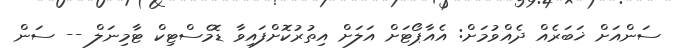
ސަންއަށް ޚަބަރެއް ދެއްވުމަށް: އެއާޕޯޓަށް އަލަށް އިތުރުކޮށްފައިވާ ޑޮމެސްޓިކް ޓާމިނަލް -- ސަން